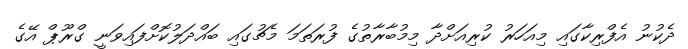
ދެކުނު އެފްރިކާގައި މިއަހަރު ކުރިއަށްދާ މިމުބާރާތުގެ ފުރަތަމަ މެޗުގައި ބައްދަލުކޮށްފައިވަނީ ގްރޫޕް އޭގެ